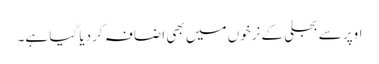
اوپر سے بجلی کے نرخوں میں بھی اضافہ کر دیا گیا ہے۔